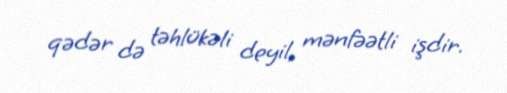
qədər də təhlükəli deyil, mənfəətli işdir.